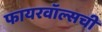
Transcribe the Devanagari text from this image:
फायरवॉल्सची